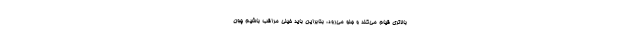
بالاتری قیام می‌کند و جلو می‌رود، بنابراین باید خیلی مراقب باشیم چون